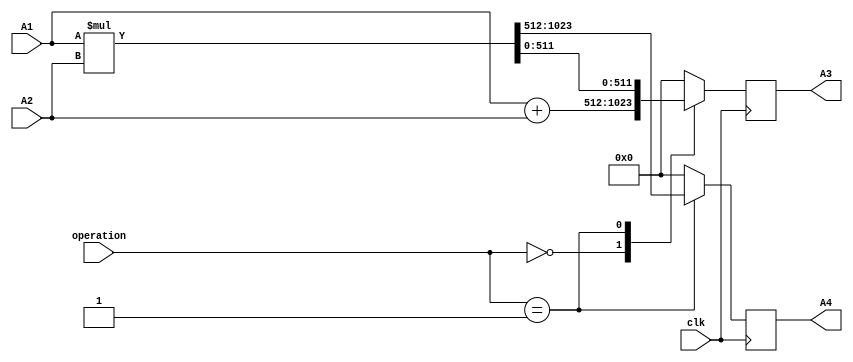
module MathUnit (
    input clk,
    input [511:0] A1,
    input [511:0] A2,
    input [1:0] operation,    // 00: Addition, 01: Multiplication
    output reg [511:0] A3,
    output reg [511:0] A4
);

always @(posedge clk) begin
    case (operation)
        2'b00: begin // Addition
            A3 <= A1 + A2;
            A4 <= 512'b0;
        end
        2'b01: begin // Multiplication
            {A4, A3} <= A1 * A2;
        end
        default: begin
            A3 <= 512'b0;
            A4 <= 512'b0;
        end
    endcase
end

endmodule